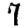
Digit: 7